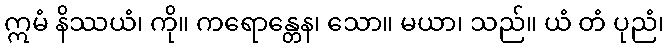
ဣမံ နိဿယံ၊ ကို။ ကရောန္တေန၊ သော။ မယာ၊ သည်။ ယံ တံ ပုညံ၊